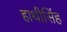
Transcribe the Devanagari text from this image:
हाथीसिंह